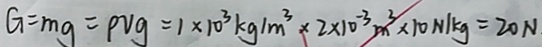
G = m g = \rho v g = 1 \times 1 0 ^ { 3 } k g / m ^ { 3 } \times 2 \times 1 0 ^ { - 3 } m ^ { 3 } \times 1 0 N / k g = 2 0 N